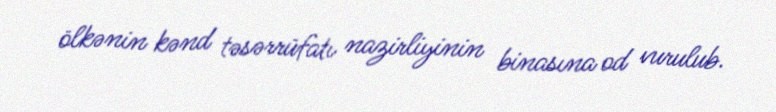
ölkənin kənd təsərrüfatı nazirliyinin binasına od vurulub.